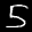
Label: 5